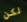
لكن